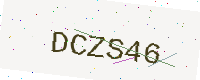
Text: DCZS46